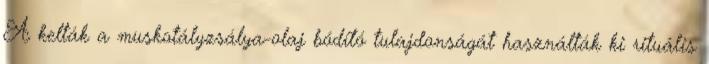
A kelták a muskotályzsálya-olaj bódító tulajdonságát használták ki rituális